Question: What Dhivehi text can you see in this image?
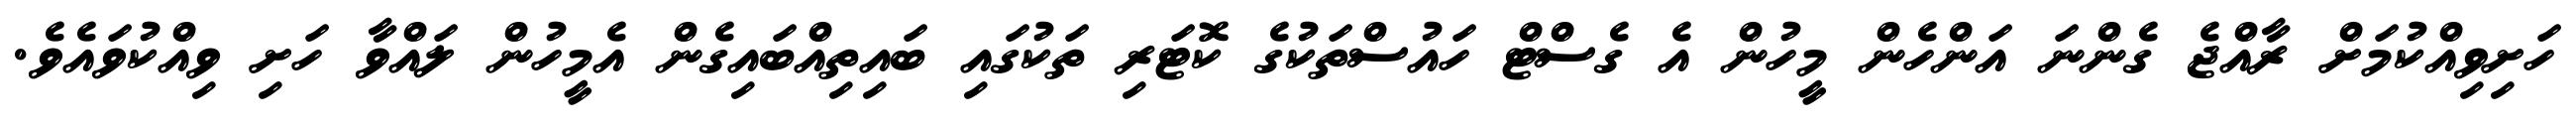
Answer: ހަށިވިއްކުމަށް ރާއްޖެ ގެންނަ އަންހެން މީހުން އެ ގެސްޓް ހައުސްތަކުގެ ކޮޓަރި ތަކުގައި ބައިތިއްބައިގެން އެމީހުން ލައްވާ ހަށި ވިއްކުވައެވެ.